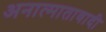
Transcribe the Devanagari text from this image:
अनात्मातावादी